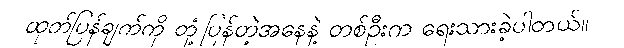
ထုတ်ပြန်ချက်ကို တုံ့ပြန်တဲ့အနေနဲ့ တစ်ဦးက ရေးသားခဲ့ပါတယ်။